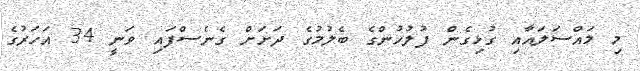
މި މައްސަލައާއި ގުޅިގެން ފުލުހުންގެ ބެލުމުގެ ދަށަށް ގެނެސްފައި ވަނީ 34 އަހަރުގެ